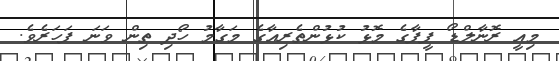
މިއީ ރޮނާލްޑޯ ފީފާގެ މޮޅު ކުޅުންތެރިއާގެ މަގާމު ހޯދި ތިން ވަނަ ފަހަރެވެ.